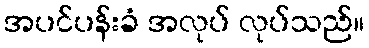
အပင်ပန်းခံ အလုပ် လုပ်သည်။